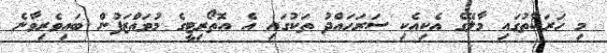
މި ހަރަކާތުގައި މާލޭގެ އެކިއެކި ސަރަހައްދު ތަކުގައި އެ އޮތޯރިޓީގެ މުވައްޒަފުން ބައިވެރިވާނެ